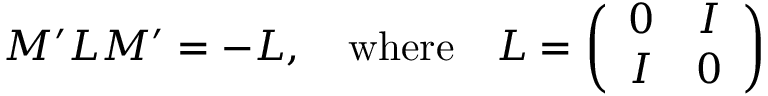
M ^ { \prime } L M ^ { \prime } = - L , \quad \mathrm { w h e r e } \quad L = \left( \begin{array} { c c } { { 0 } } & { { I } } \\ { { I } } & { { 0 } } \end{array} \right)